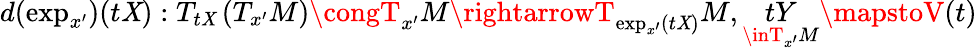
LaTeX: d(\exp_{x^{\prime}})(t\mathit{X}):T_{t\mathit{X}}\left(T_{x^{\prime}}M\right)\congT_{x^{\prime}}M\rightarrowT_{\exp_{x^{\prime}}(t\mathit{X})}M,\underset{\inT_{x^{\prime}}M}{tY}\mapstoV(t)